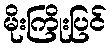
မိုးကြိုးပြင်